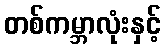
တစ်ကမ္ဘာလုံးနှင့်